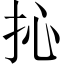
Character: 抋